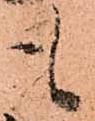
も